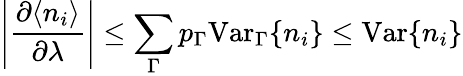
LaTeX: \left|\frac{\partial\langle n_{i}\rangle}{\partial\lambda}\right|\le\sum_{\Gamma}p_{\Gamma}\mathrm{Var}_{\Gamma}\{ n_{i}\} \le\mathrm{Var}\{ n_{i}\}